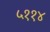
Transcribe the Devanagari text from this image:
५११४